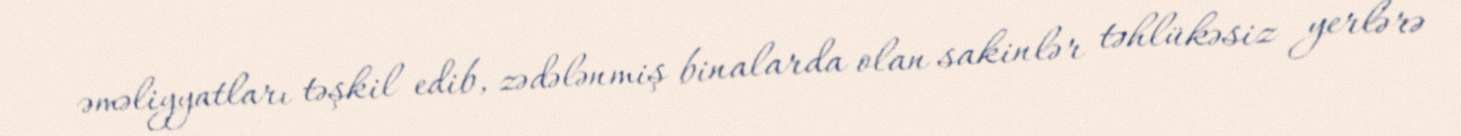
əməliyyatları təşkil edib, zədələnmiş binalarda olan sakinlər təhlükəsiz yerlərə